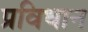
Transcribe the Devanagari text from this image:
प्रविधान